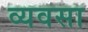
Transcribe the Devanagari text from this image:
व्यवसा